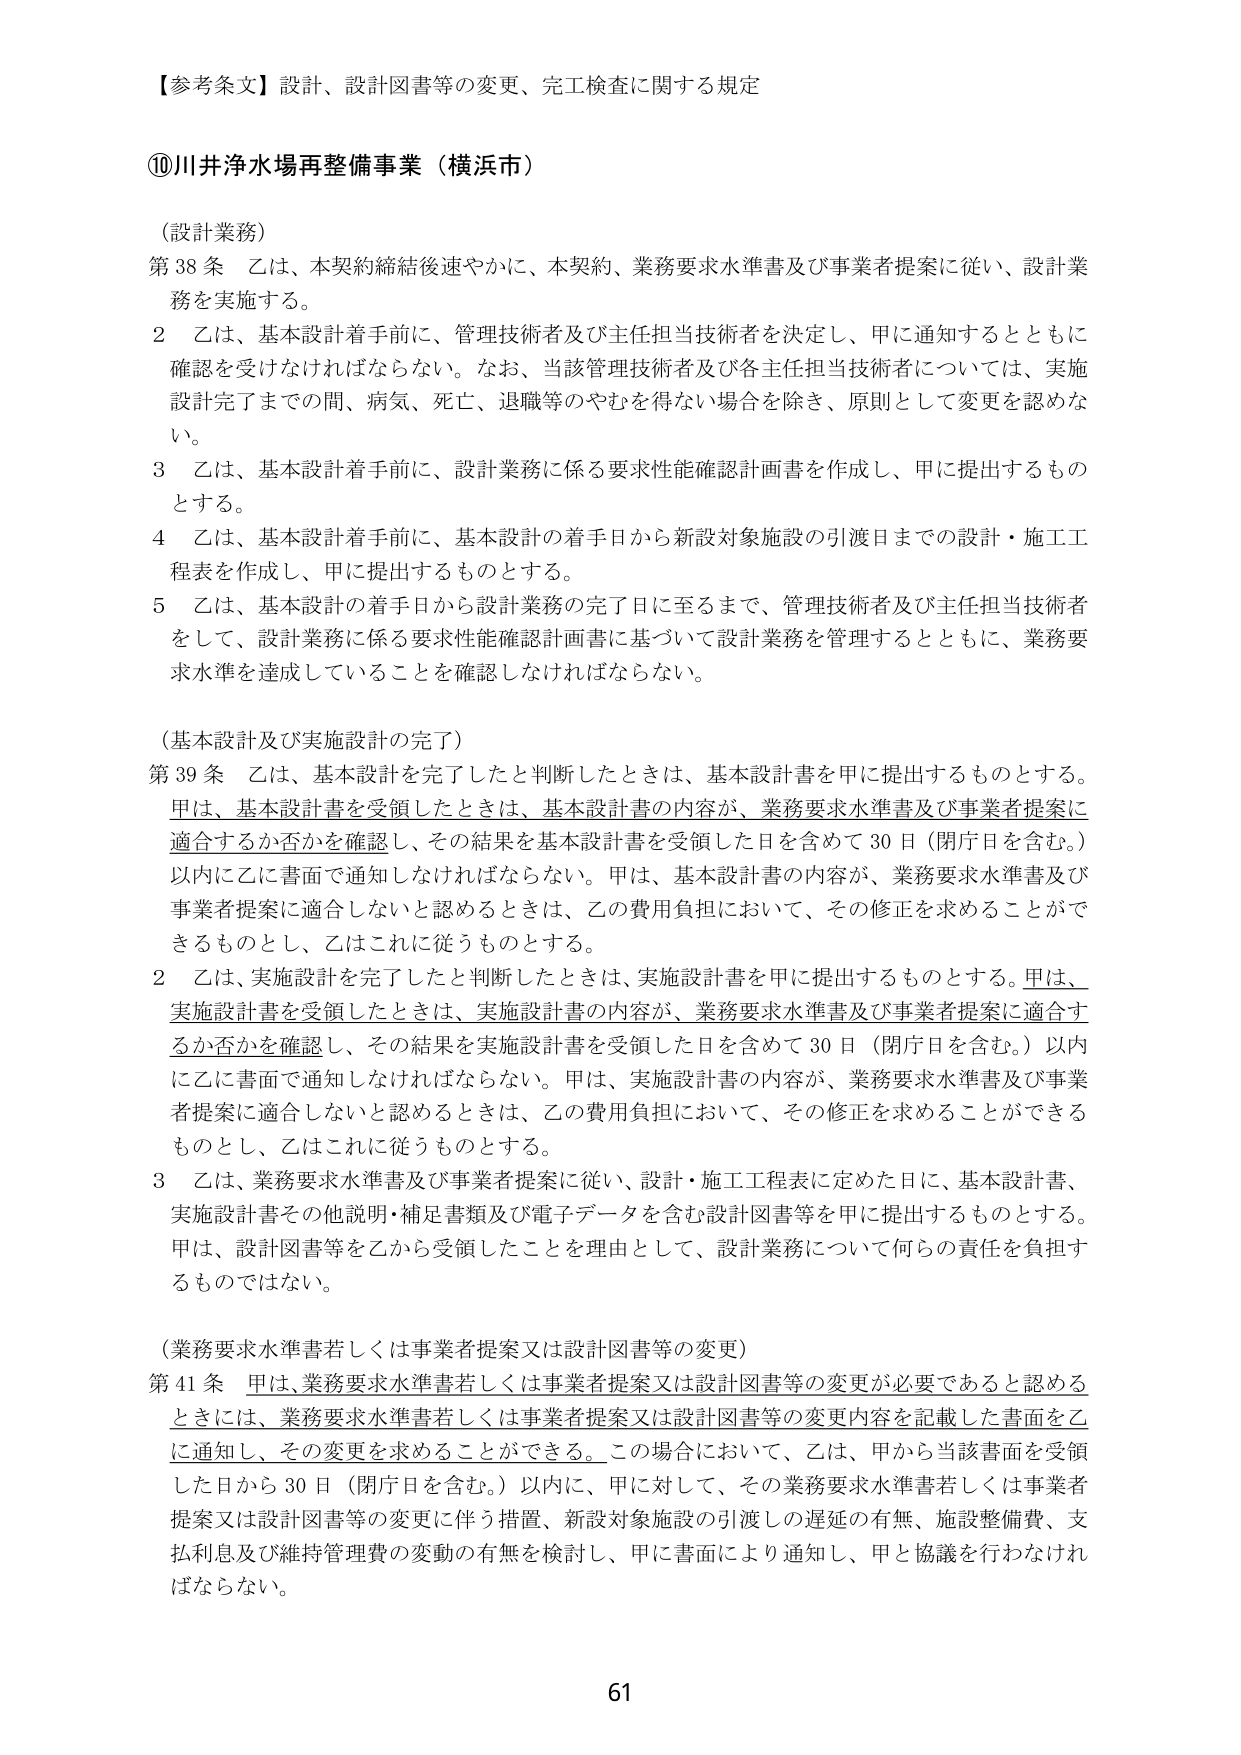
【参考条文】設計、設計図書等の変更、完工検査に関する規定

⑩川井浄水場再整備事業（横浜市）

（設計業務）
第38条 乙は、本契約締結後速やかに、本契約、業務要求水準書及び事業者提案に従い、設計業務を実施する。
2 乙は、基本設計着手前に、管理技術者及び主任担当技術者を決定し、甲に通知するとともに確認を受けなければならない。なお、当該管理技術者及び各主任担当技術者については、実施設計完了までの間、病気、死亡、退職等のやむを得ない場合を除き、原則として変更を認めない。
3 乙は、基本設計着手前に、設計業務に係る要求性能確認計画書を作成し、甲に提出するものとする。
4 乙は、基本設計着手前に、基本設計の着手日から新設対象施設の引渡日までの設計・施工工程表を作成し、甲に提出するものとする。
5 乙は、基本設計の着手日から設計業務の完了日に至るまで、管理技術者及び主任担当技術者をして、設計業務に係る要求性能確認計画書に基づいて設計業務を管理するとともに、業務要求水準を達成していることを確認しなければならない。

（基本設計及び実施設計の完了）
第39条 乙は、基本設計を完了したと判断したときは、基本設計書を甲に提出するものとする。甲は、基本設計書を受領したときは、基本設計書の内容が、業務要求水準書及び事業者提案に適合するか否かを確認し、その結果を基本設計書を受領した日を含めて30日（閉庁日を含む。）以内に乙に書面で通知しなければならない。甲は、基本設計書の内容が、業務要求水準書及び事業者提案に適合しないと認めるときは、乙の費用負担において、その修正を求めることができるものとし、乙はこれに従うものとする。
2 乙は、実施設計を完了したと判断したときは、実施設計書を甲に提出するものとする。甲は、実施設計書を受領したときは、実施設計書の内容が、業務要求水準書及び事業者提案に適合するか否かを確認し、その結果を実施設計書を受領した日を含めて30日（閉庁日を含む。）以内に乙に書面で通知しなければならない。甲は、実施設計書の内容が、業務要求水準書及び事業者提案に適合しないと認めるときは、乙の費用負担において、その修正を求めることができるものとし、乙はこれに従うものとする。
3 乙は、業務要求水準書及び事業者提案に従い、設計・施工工程表に定めた日に、基本設計書、実施設計書その他説明・補足書類及び電子データを含む設計図書等を甲に提出するものとする。甲は、設計図書等を乙から受領したことを理由として、設計業務について何らの責任を負担するものではない。

（業務要求水準書若しくは事業者提案又は設計図書等の変更）
第41条 甲は、業務要求水準書若しくは事業者提案又は設計図書等の変更が必要であると認めるときには、業務要求水準書若しくは事業者提案又は設計図書等の変更内容を記載した書面を乙に通知し、その変更を求めることができる。この場合において、乙は、甲から当該書面を受領した日から30日（閉庁日を含む。）以内に、甲に対して、その業務要求水準書若しくは事業者提案又は設計図書等の変更に伴う措置、新設対象施設の引渡しの遅延の有無、施設整備費、支払利息及び維持管理費の変動の有無を検討し、甲に書面により通知し、甲と協議を行わなければならない。

61